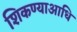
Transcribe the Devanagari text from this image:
शिकण्याआधि